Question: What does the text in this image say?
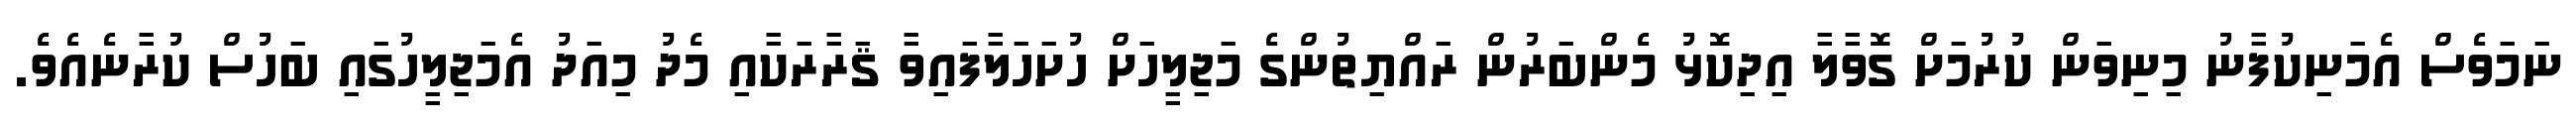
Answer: ނަމަވެސް އެމަނިކުފާނު މިނިވަން ކުރުމަށް ގޮވާލާ އިދިކޮޅު މެންބަރުން ރައްޔިތުންގެ މަޖިލީހަށް ހުށަހަލާފައިވާ ޤަރާރަކާއި މެދު މިއަދު އެމަޖިލީހުގައި ބަހުސް ކުރާނެއެވެ.